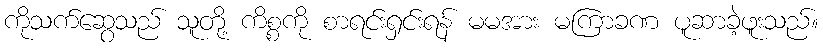
ကိုသက်ဆွေသည် သူတို့ ကိစ္စကို စာရင်းရှင်းရန် မမအား မကြာခဏ ပူဆာခဲ့ဖူးသည်။